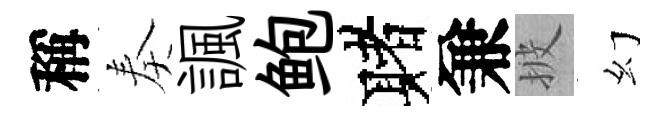
稱奏諷鲍赌兼披幻